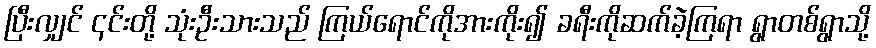
ပြီးလျှင် ၎င်းတို့ သုံးဦးသားသည် ကြယ်ရောင်ကိုအားကိုး၍ ခရီးကိုဆက်ခဲ့ကြရာ ရွာတစ်ရွာသို့